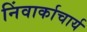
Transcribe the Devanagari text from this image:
निंवार्काचार्य